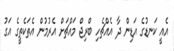
އެއީ ކަނޑުގެ އަޑިން ދާ އެއްޗެހި ބްރިޖް މައްޗަށް އެރުމުން އެތަކެތީގެ އަގު